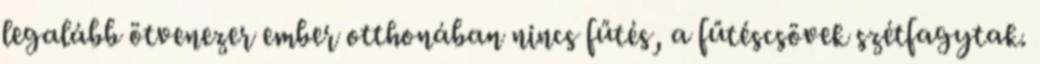
legalább ötvenezer ember otthonában nincs fűtés, a fűtéscsövek szétfagytak.